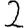
Digit: 2